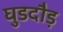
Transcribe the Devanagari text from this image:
घुडदौड़